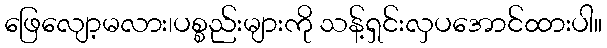
ဖြေလျော့မလား၊ပစ္စည်းများကို သန့်ရှင်းလှပအောင်ထားပါ။